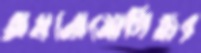
অমনোযোগিতার